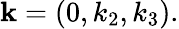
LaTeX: {\mathbf k}=(0,k_{2},k_{3}).